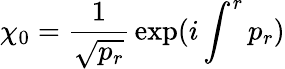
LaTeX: \chi_{0}={\frac{1}{\sqrt{p_{r}}}}\exp(i\int^{r}p_{r})